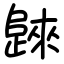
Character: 𣦨